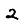
Digit: 2